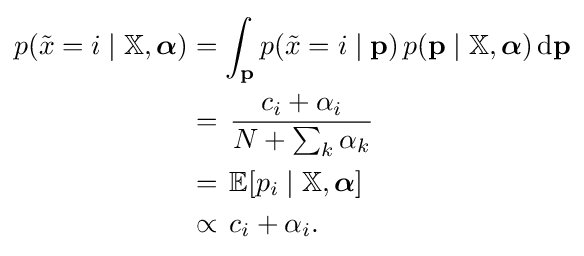
{\begin{aligned}p({\tilde {x}}=i\mid \mathbb {X} ,{\boldsymbol {\alpha }})&=\int _{\mathbf {p} }p({\tilde {x}}=i\mid \mathbf {p} )\,p(\mathbf {p} \mid \mathbb {X} ,{\boldsymbol {\alpha }})\,{\textrm {d}}\mathbf {p} \\&=\,{\frac {c_{i}+\alpha _{i}}{N+\sum _{k}\alpha _{k}}}\\&=\,\mathbb {E} [p_{i}\mid \mathbb {X} ,{\boldsymbol {\alpha }}]\\&\propto \,c_{i}+\alpha _{i}.\\\end{aligned}}